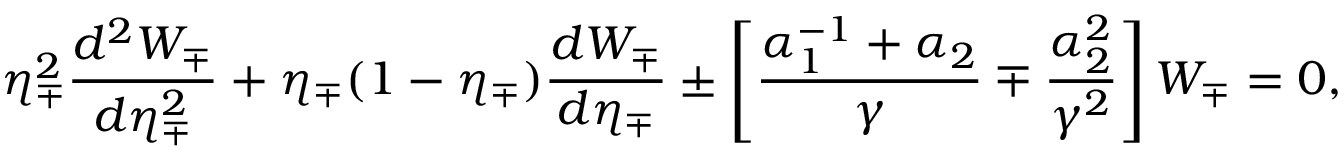
\eta _ { \mp } ^ { 2 } \frac { d ^ { 2 } W _ { \mp } } { d \eta _ { \mp } ^ { 2 } } + \eta _ { \mp } ( 1 - \eta _ { \mp } ) \frac { d W _ { \mp } } { d \eta _ { \mp } } \pm \left[ \frac { \alpha _ { 1 } ^ { - 1 } + \alpha _ { 2 } } { \gamma } \mp \frac { \alpha _ { 2 } ^ { 2 } } { \gamma ^ { 2 } } \right] W _ { \mp } = 0 ,